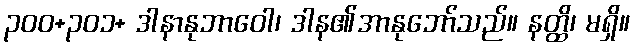
၃၀၀+၃၀၁+ ဒါနာနုဘာဝေါ၊ ဒါန၏အာနုဘော်သည်။ နတ္ထိ၊ မရှိ။